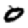
Digit: 0